Vaccination in the Punjab 1883-1896 - 1883-1896
Year: 1883
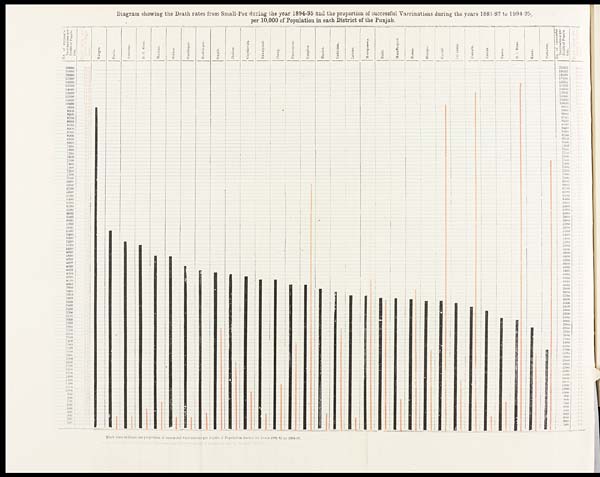
Diagram showing the Death rates from Small-Pox during the year 1894-95 and the proportion of successful Vaccinations during the years 1881-82 to 1894-95,
per 10,000 of Population in each District of the Punjab,
Black lines indicate the proportion of successful vaccinations per 10,000 of Population during the years 1881-82 to 1894-95.